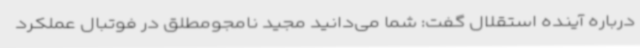
درباره آینده استقلال گفت: شما می‌دانید مجید نامجومطلق در فوتبال عملکرد